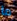
ما